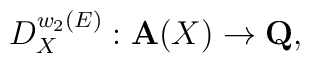
D^{w_2(E)}_X: {\bf A}(X) \rightarrow {\bf Q},